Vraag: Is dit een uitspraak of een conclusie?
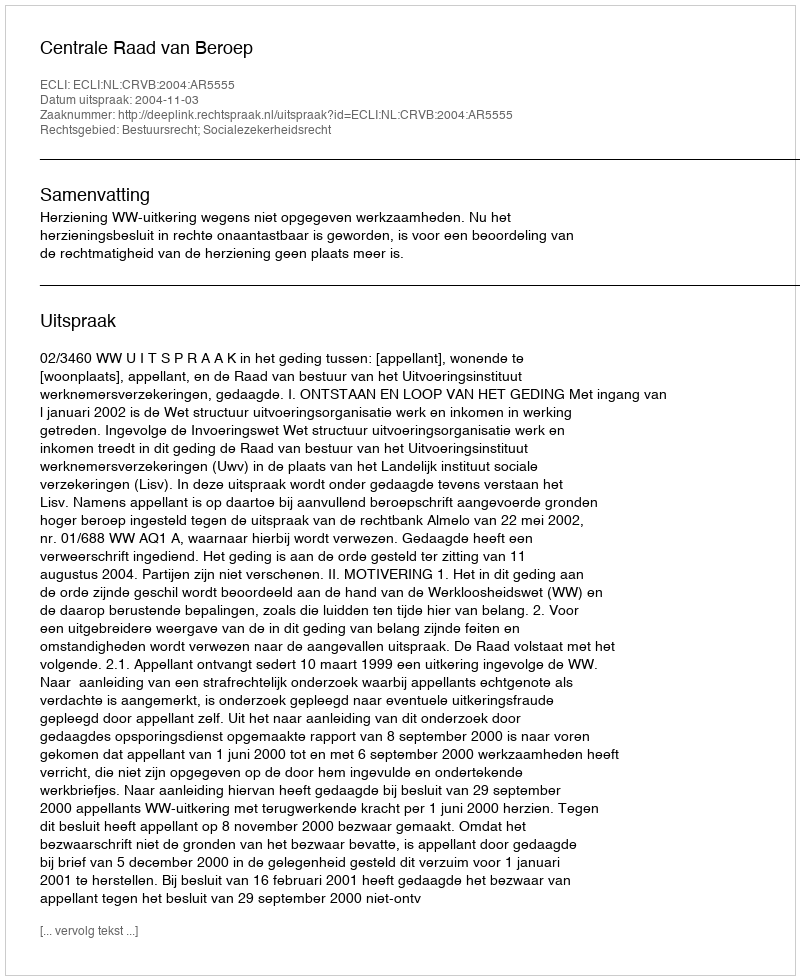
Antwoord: Uitspraak